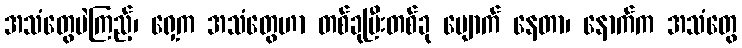
အသံတွေပဲကြည့်၊ ရှေ့က အသံတွေဟာ တစ်ခုပြီးတစ်ခု ပျောက် နေတာ၊ နောက်က အသံတွေ